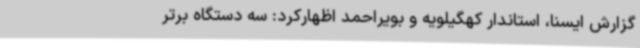
گزارش ایسنا، استاندار کهگیلویه و بویراحمد اظهارکرد: سه دستگاه برتر